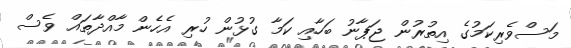
މަސްވެރިކަމުގެ އިތުރުން ޖަޕާނު ބަހާއި ކަމާ ގުޅުން ހުރި އެހެން މާއްދާތައް ވެސް